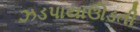
ઝડપાયાઊડતી